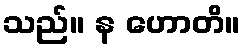
သည်။ န ဟောတိ။